Indian journal of veterinary science and animal husbandry - Volumes 18-21, 1948-1951
Year: 1948
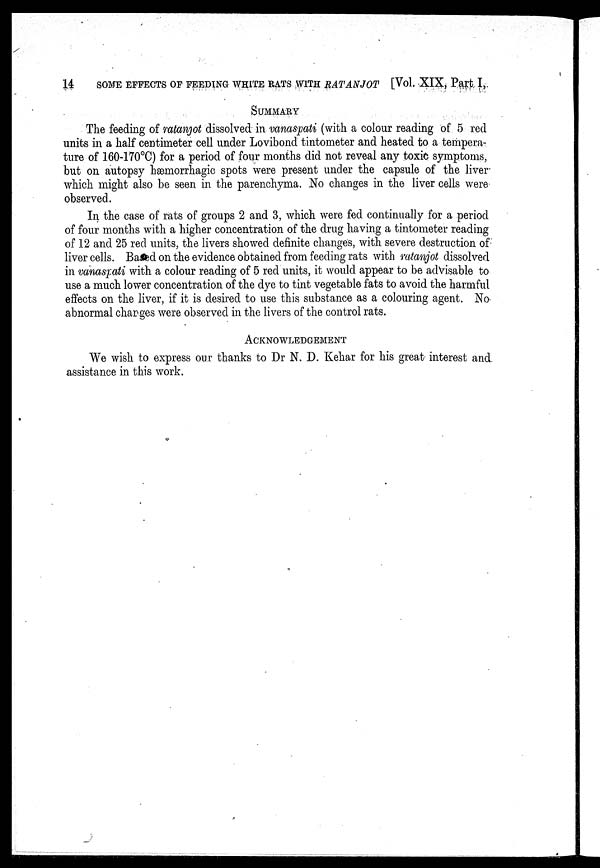
14
SOME EFFECTS OF FEEDING WHITE RATS WITH RATANJOT [Vol. XIX, Part I,
SUMMARY
The feeding of ratanjot dissolved in vanaspati (with a colour reading of 5 red
units in a half centimeter cell under Lovibond tintometer and heated to a tempera-
ture of 160-170°C) for a period of four months did not reveal any toxic symptoms,
but on autopsy hæmorrhagic spots were present under the capsule of the liver
which might also be seen in the parenchyma. No changes in the liver cells were
observed.
In the case of rats of groups 2 and 3, which were fed continually for a period
of four months with a higher concentration of the drug having a tintometer reading
of 12 and 25 red units, the livers showed definite changes, with severe destruction of
liver cells. Ba d on the evidence obtained from feeding rats with ratanjot dissolved
in vanaspati with a colour reading of 5 red units, it would appear to be advisable to
use a much lower concentration of the dye to tint vegetable fats to avoid the harmful
effects on the liver, if it is desired to use this substance as a colouring agent. No
abnormal charges were observed in the livers of the control rats.
ACKNOWLEDGEMENT
We wish to express our thanks to Dr N. D. Kehar for his great interest and
assistance in this work.